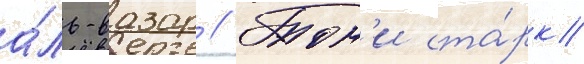
а́ль-вазар // Тон'и ста́рк/